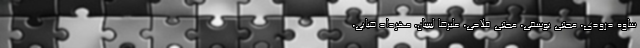
ساوه درودی، مجتبی یوسفی، مجتبی فلاحی، علیرضا لبیبیان، مهرداد ضیایی،